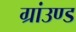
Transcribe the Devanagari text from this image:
ग्रांउण्ड